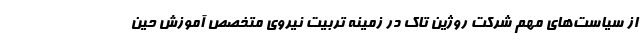
از سیاست‌های مهم شرکت روژین تاک در زمینه تربیت نیروی متخصص آموزش حین